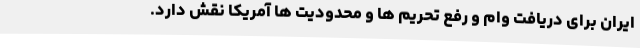
ایران برای دریافت وام و رفع تحریم ها و محدودیت ها آمریکا نقش دارد.